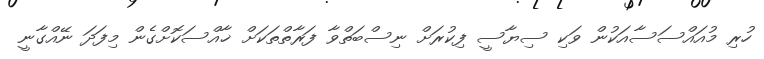
ހުރި މުއައްސަސާއަކުން ވަކި ސިޔާސީ ފިކުރަށް ނިސްބަތްވާ ފަރާތްތަކަށް ޚާއްސަކޮށްގެން މިފަދަ ނޭއްގާނީ